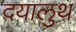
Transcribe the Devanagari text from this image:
दयालुथ